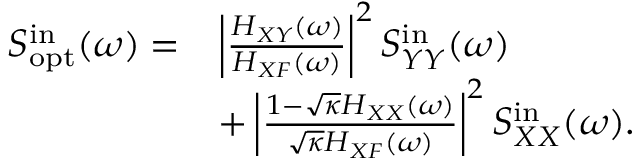
\begin{array} { r l } { S _ { \mathrm { o p t } } ^ { \mathrm { i n } } ( \omega ) = } & { \left| \frac { H _ { X Y } ( \omega ) } { H _ { X F } ( \omega ) } \right| ^ { 2 } S _ { Y Y } ^ { \mathrm { i n } } ( \omega ) } \\ & { + \left| \frac { 1 - \sqrt { \kappa } H _ { X X } ( \omega ) } { \sqrt { \kappa } H _ { X F } ( \omega ) } \right| ^ { 2 } S _ { X X } ^ { \mathrm { i n } } ( \omega ) . } \end{array}